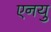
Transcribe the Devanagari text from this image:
एनयु